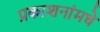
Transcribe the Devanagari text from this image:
प्रकाशनांमधे